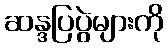
ဆန္ဒပြပွဲများကို